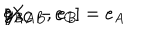
[ X _ { A B } , e _ { C } ] = e _ { A } \hspace { . 2 c m } g _ { B C } - e _ { B } \hspace { . 2 c m } g _ { A C }